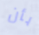
بأن